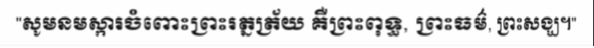
"សូមនមស្ការចំពោះព្រះរត្នត្រ័យ គឺព្រះពុទ្ធ, ព្រះធម៌, ព្រះសង្ឃ។"